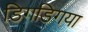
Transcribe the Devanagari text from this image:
डिगडिगया